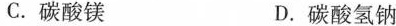
C.碳酸镁 D.碳酸氢钠